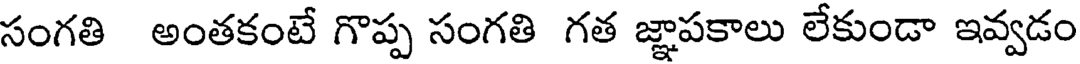
సంగతి అంతకంటే గొప్ప సంగతి గత జ్ఞాపకాలు లేకుండా ఇవ్వడం